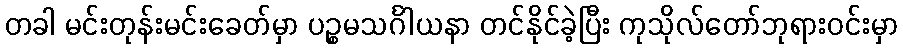
တခါ မင်းတုန်းမင်းခေတ်မှာ ပဉ္စမသင်္ဂါယနာ တင်နိုင်ခဲ့ပြီး ကုသိုလ်တော်ဘုရားဝင်းမှာ